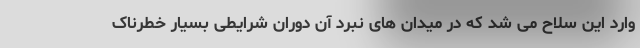
وارد این سلاح می شد که در میدان های نبرد آن دوران شرایطی بسیار خطرناک